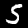
Digit: 5